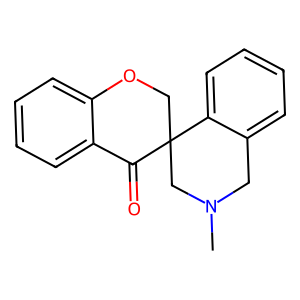
SMILES: CN1Cc2ccccc2C2(COc3ccccc3C2=O)C1
Inhibits HIV replication: No